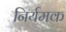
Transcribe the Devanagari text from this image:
निर्यमक